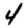
Digit: 4